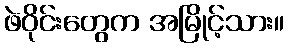
ဖဲဝိုင်းတွေက အမြိုင့်သား။